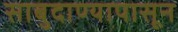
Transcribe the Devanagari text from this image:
साबुदाण्यापासून